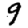
Digit: 9